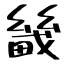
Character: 畿